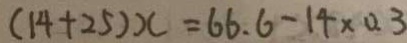
( 1 4 + 2 5 ) x = 6 6 . 6 - 1 4 \times 0 . 3